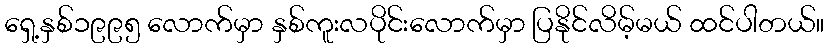
ရှေ့နှစ်၁၉၉၅ လောက်မှာ နှစ်ကူးလပိုင်းလောက်မှာ ပြနိုင်လိမ့်မယ် ထင်ပါတယ်။